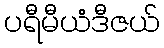
ပရီမီယံဒီဇယ်